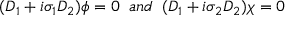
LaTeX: ( D _ { 1 } + i \sigma _ { 1 } D _ { 2 } ) \phi = 0 \; \; a n d \; \; ( D _ { 1 } + i \sigma _ { 2 } D _ { 2 } ) \chi = 0